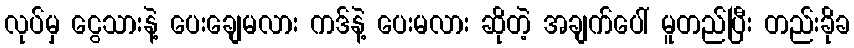
လုပ်မှ ငွေသားနဲ့ ပေးချေမလား ကဒ်နဲ့ ပေးမလား ဆိုတဲ့ အချက်ပေါ် မူတည်ပြီး တည်းခိုခ